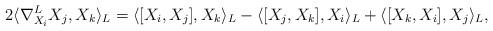
LaTeX: \begin{align*}2\langle \nabla^L_{X_i}X_j,X_k\rangle_L=\langle[X_i,X_j],X_k\rangle_L-\langle[X_j,X_k],X_i\rangle_L+\langle[X_k,X_i],X_j\rangle_L,\end{align*}